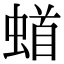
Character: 𫋎